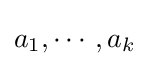
a_{1},\cdots ,a_{k}